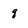
Character: q